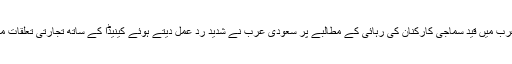
واضح رہے کہ کینیڈین سفیر کی جانب سے سعودی عرب میں قید سماجی کارکنان کی رہائی کے مطالبے پر سعودی عرب نے شدید رد عمل دیتے ہوئے کینیڈا کے ساتھ تجارتی تعلقات منقطع کرتے ہوئے کنیڈین سفیر کو ملک بدر کردیا تھا۔